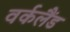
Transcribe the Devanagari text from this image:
वर्कलैंड